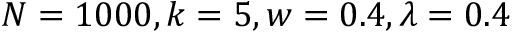
N = 1 0 0 0 , k = 5 , w = 0 . 4 , \lambda = 0 . 4